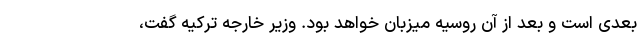
بعدی است و بعد از آن روسیه میزبان خواهد بود. وزیر خارجه ترکیه گفت،